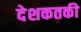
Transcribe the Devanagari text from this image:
देशकतकी